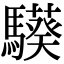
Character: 𩦟